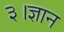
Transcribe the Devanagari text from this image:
३।ज्ञान